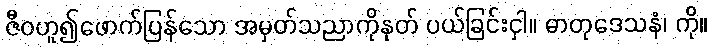
ဇီဝဟူ၍ဖောက်ပြန်သော အမှတ်သညာကိုနုတ် ပယ်ခြင်းငှါ။ ဓာတုဒေသနံ၊ ကို။